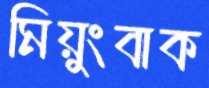
মিয়ুংবাক